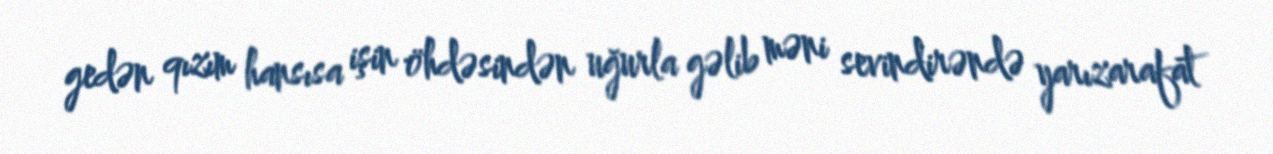
gedən qızım hansısa işin öhdəsindən uğurla gəlib məni sevindirəndə yarızarafat